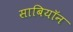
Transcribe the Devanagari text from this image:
साबियॉन